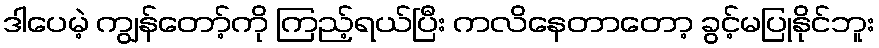
ဒါပေမဲ့ ကျွန်တော့်ကို ကြည့်ရယ်ပြီး ကလိနေတာတော့ ခွင့်မပြုနိုင်ဘူး